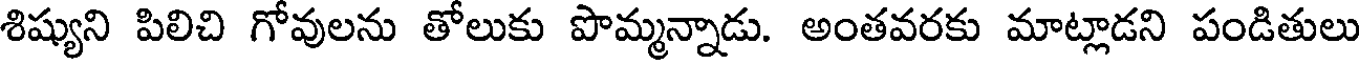
శిష్యుని పిలిచి గోవులను తోలుకు పొమ్మన్నాడు. అంతవరకు మాట్లాడని పండితులు